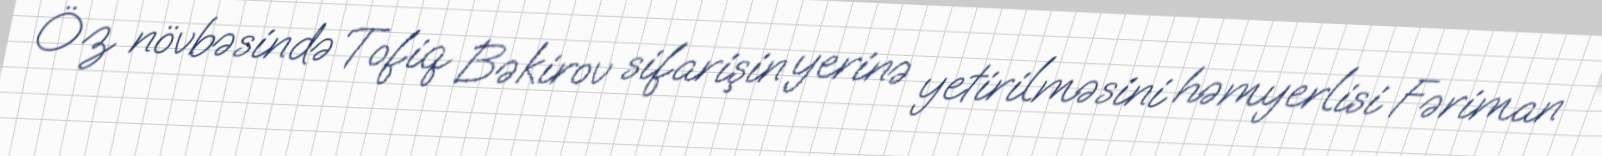
Öz növbəsində Tofiq Bəkirov sifarişin yerinə yetirilməsini həmyerlisi Fəriman